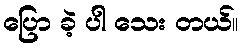
ပြော ခဲ့ ပါ သေး တယ်။